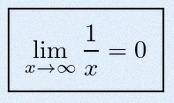
\lim_{x\to\infty}\frac{1}{x}=0